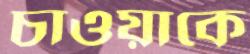
চাওয়াকে